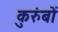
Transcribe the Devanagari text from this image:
कुरुंबों